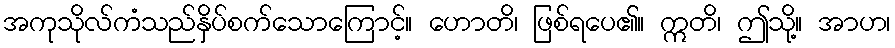
အကုသိုလ်ကံသည်နှိပ်စက်သောကြောင့်။ ဟောတိ၊ ဖြစ်ရပေ၏။ ဣတိ၊ ဤသို့။ အာဟ၊